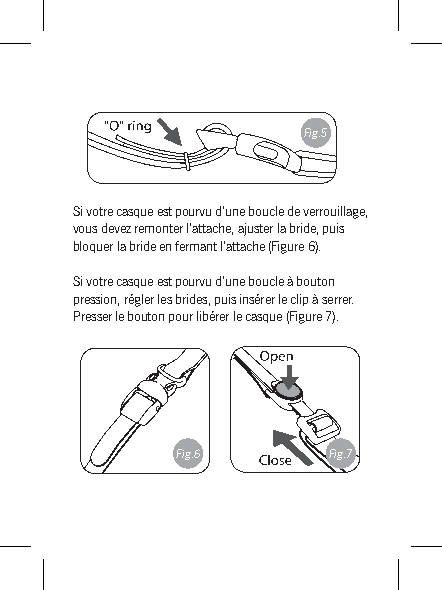
Fig.5
 Si votre casque est pourvu d’une boucle de verrouillage,
 vous devez remonter l’attache, ajuster la bride, puis
 bloquer la bride en fermant l’attache (Figure 6).
 Si votre casque est pourvu d’une boucle à bouton
 pression, régler les brides, puis insérer le clip à serrer.
 Presser le bouton pour libérer le casque (Figure 7).
 Fig.6     Fig.7